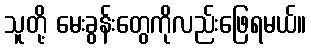
သူတို့ မေးခွန်းတွေကိုလည်းဖြေရမယ်။